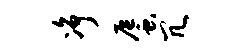
净蜃冗